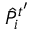
\hat { P } _ { i } ^ { t ^ { \prime } }